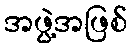
အဖွဲ့အဖြစ်